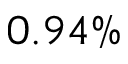
0 . 9 4 \%